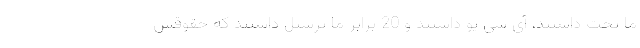
ما تخت داشتند، آی سی یو داشتند و 20 برابر ما پرسنل داشتند که حقوقش